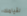
لقيامك